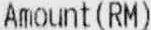
AMOUNT(RM)